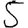
Digit: 5